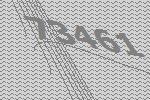
73461